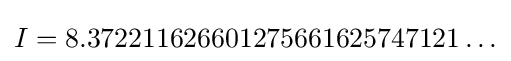
I=8.372211626601275661625747121\ldots